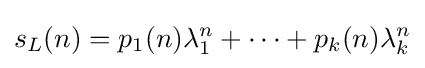
s_{L}(n)=p_{1}(n)\lambda _{1}^{n}+\dotsb +p_{k}(n)\lambda _{k}^{n}